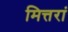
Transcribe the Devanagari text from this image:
मित्तरां